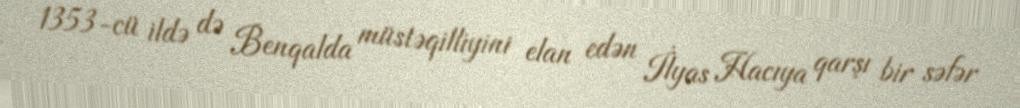
1353-cü ildə də Benqalda müstəqilliyini elan edən İlyas Hacıya qarşı bir səfər